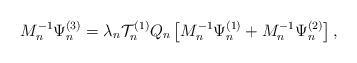
LaTeX: \begin{align*} M_n^{-1} \Psi^{(3)}_n = \lambda_n \mathcal{T}_n^{(1)} Q_n \left[M_n^{-1}\Psi^{(1)}_n + M_n^{-1}\Psi^{(2)}_n\right] , \end{align*}